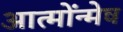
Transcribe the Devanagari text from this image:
आत्मोंन्मेष